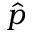
\hat { p }